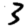
Digit: 3